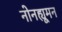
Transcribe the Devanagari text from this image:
नोनह्यूमन